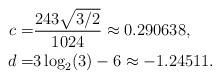
\begin{align*}c=& \dfrac{243 \sqrt{3/2}}{1024} \approx 0.290638, \\d=& 3 \log_2(3) - 6 \approx -1.24511.\end{align*}